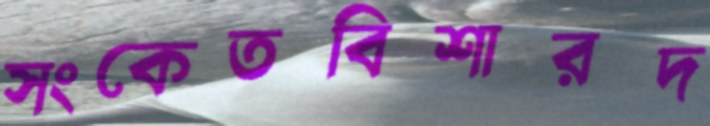
সংকেতবিশারদ